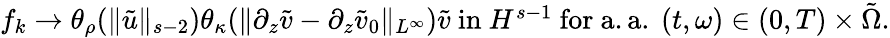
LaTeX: \begin{array}{r}{f_{k}\to\theta_{\rho}(\| \tilde{u}\| _{s-2})\theta_{\kappa}(\| \partial_{z}\tilde{v}-\partial_{z}\tilde{v}_{0}\| _{L^{\infty}})\tilde{v}\mathrm{~in~}H^{s-1}\mathrm{~for~a.a.~}(t,\omega)\in(0,T)\times\tilde{\Omega}.}\end{array}